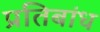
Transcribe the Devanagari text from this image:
प्रतिबांध